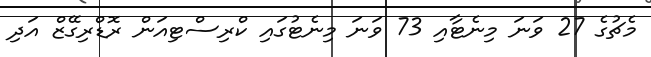
މެޗުގެ 27 ވަަނަ މިނެޓާއި 73 ވަނަ މިނެޓުގައި ކްރިސްޓިއަން ރޮޑްރިގޭޒް އަދި